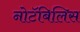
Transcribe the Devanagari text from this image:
नोटॅबिलिस